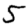
Digit: 5